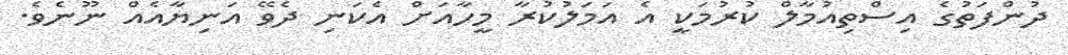
ދުންފަތުގެ އިސްތިއުމާލް ކުރުމަކީ އެ އަމަލުކުރާ މީހާއަށް އެކަނި ދެވޭ އަނިޔާއެއް ނޫނެވެ.